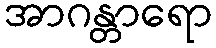
အာဂန္တာရော